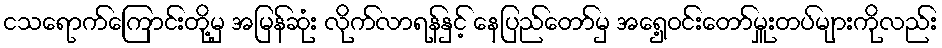
ငသရောက်ကြောင်းတို့မှ အမြန်ဆုံး လိုက်လာရန်နှင့် နေပြည်တော်မှ အရှေ့ဝင်းတော်မှူးတပ်များကိုလည်း